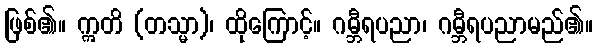
ဖြစ်၏။ ဣတိ (တသ္မာ)၊ ထိုကြောင့်။ ဂမ္ဘီရပညာ၊ ဂမ္ဘီရပညာမည်၏။